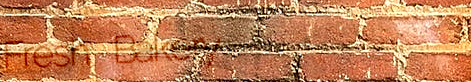
Fresh Bakery